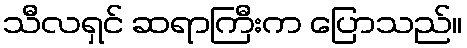
သီလရှင် ဆရာကြီးက ပြောသည်။